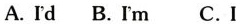
A.Id B.I'm C.I